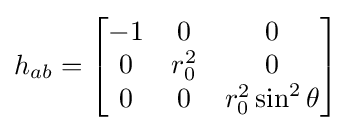
h_{ab}={\begin{bmatrix}-1&0&0\\0&r_{0}^{2}&0\\0&0&r_{0}^{2}\sin ^{2}\theta \end{bmatrix}}